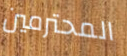
المحترمين